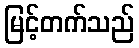
မြင့်တက်သည်